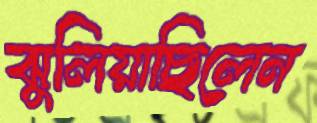
ঝুলিয়াছিলেন